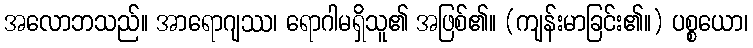
အလောဘသည်။ အာရောဂျဿ၊ ရောဂါမရှိသူ၏ အဖြစ်၏။ (ကျန်းမာခြင်း၏။) ပစ္စယော၊